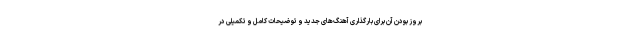
بروز بودن آن برای بارگذاری آهنگ‌های جدید و توضیحات کامل و تکمیلی در